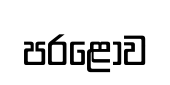
පරළොව